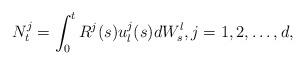
LaTeX: \begin{align*}N^j_t=\int_0^t R^j(s)u^j_l(s)dW^l_s, j=1,2,\dots, d,\end{align*}